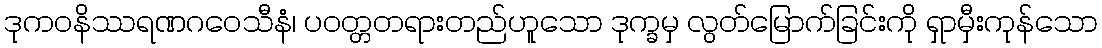
ဒုကဝနိဿရဏဂဝေသီနံ၊ ပဝတ္တတရားတည်ဟူသော ဒုက္ခမှ လွတ်မြောက်ခြင်းကို ရှာမှီးကုန်သော